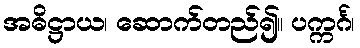
အဓိဋ္ဌာယ၊ ဆောက်တည်၍။ ပက္ကင်္ဂ၊